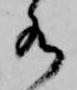
水